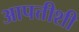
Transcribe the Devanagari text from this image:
आपत्तीशी